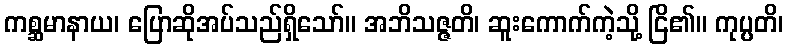
ကစ္ဆမာနာယ၊ ပြောဆိုအပ်သည်ရှိသော်။ အဘိသဇ္ဇတိ၊ ဆူးကောက်ကဲ့သို့ ငြိ၏။ ကုပ္ပတိ၊